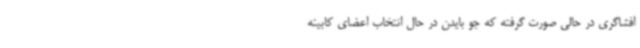
افشاگری در حالی صورت گرفته که جو بایدن در حال انتخاب اعضای کابینه